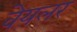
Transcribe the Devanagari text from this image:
वेयलर